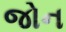
જોન